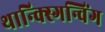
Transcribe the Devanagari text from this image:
थान्क्स्गिन्विंग